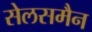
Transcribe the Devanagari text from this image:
सेलसमैन